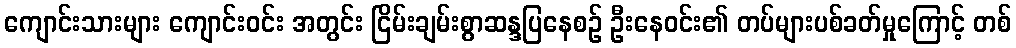
ကျောင်းသားများ ကျောင်းဝင်း အတွင်း ငြိမ်းချမ်းစွာဆန္ဒပြနေစဉ် ဦးနေဝင်း၏ တပ်များပစ်ခတ်မှုကြောင့် တစ်